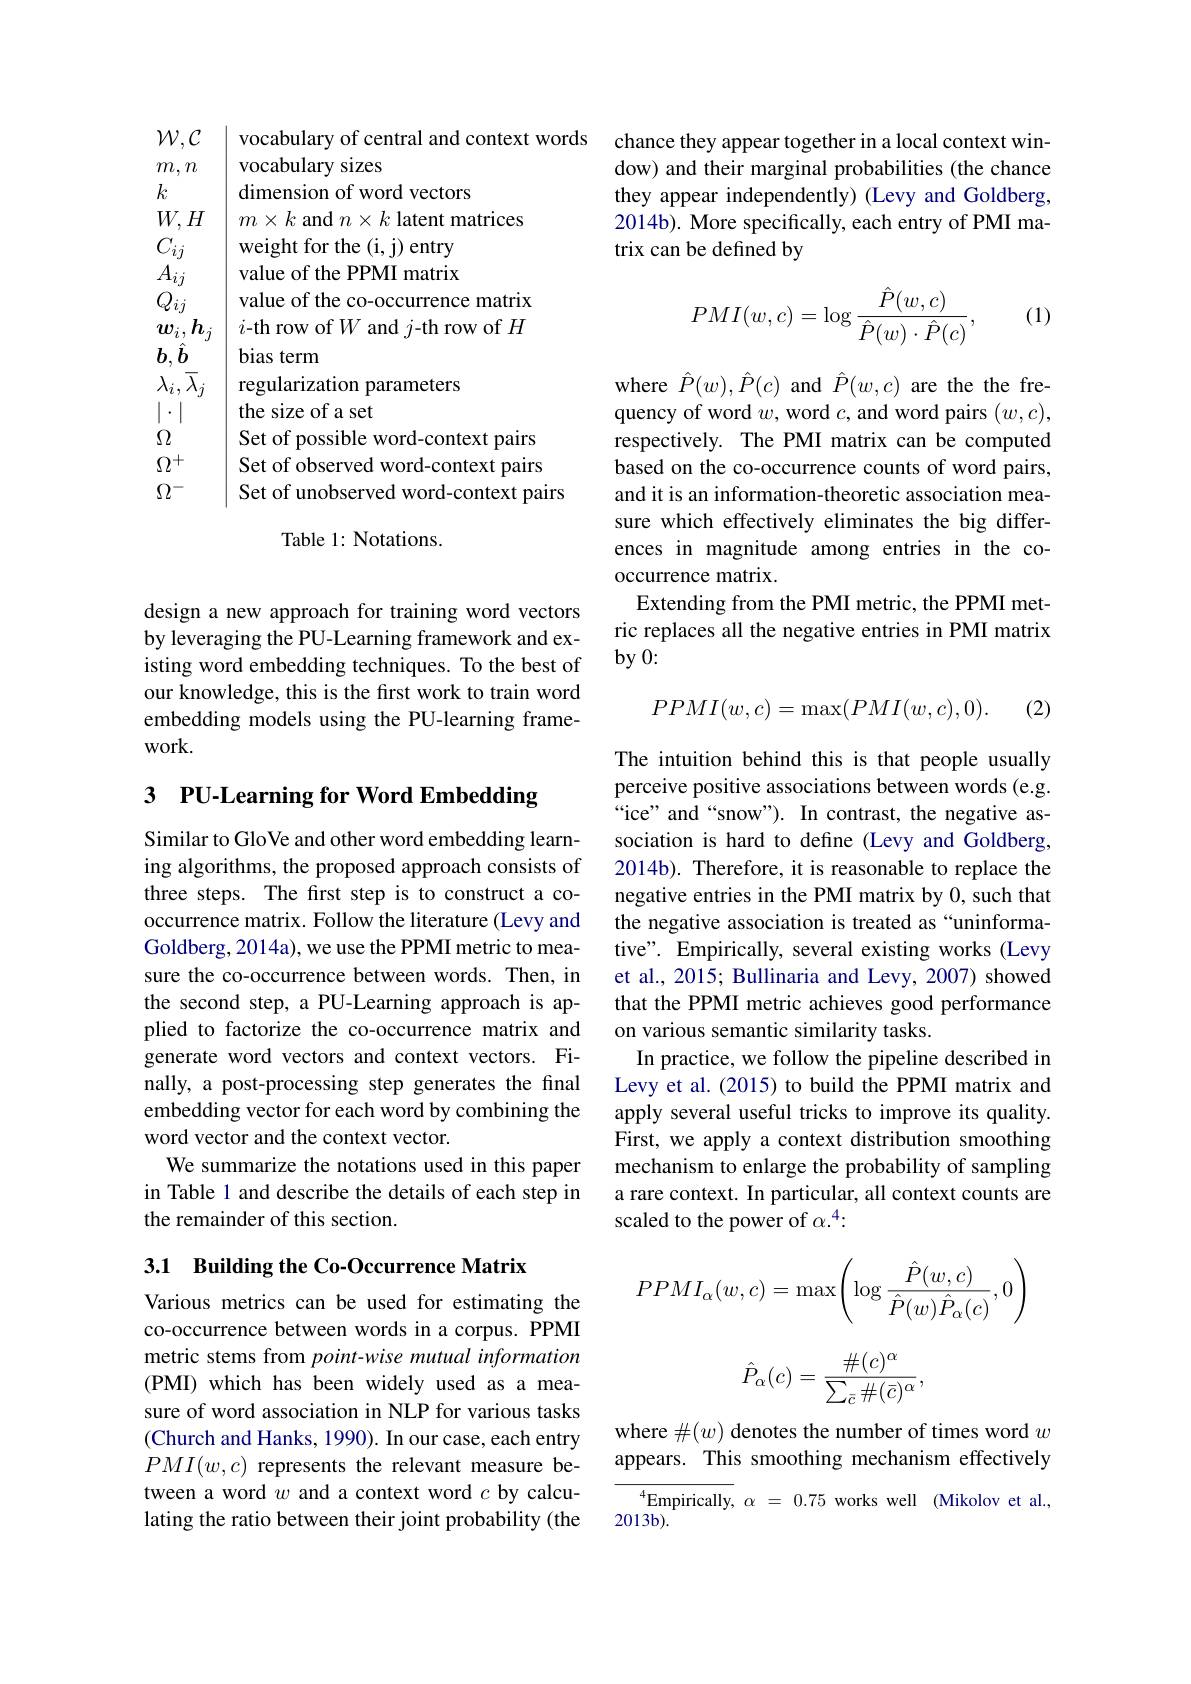
$\mathcal{W},\mathcal{C}$
vocabulary sizes
$m,n$
$k$
dimension of word vectors
$W, H$ $m\times k$ and $n\times k$ latent matrices
weight for the (i, j) entry
$C_{ij}$ $A_{ij}$
value of the PPMI matrix
value of the co-occurrence matrix
$Q_{ij}$
$\boldsymbol{w}_{i}, \boldsymbol{h}_{j}$ $i$-th row of $W$ and $j$-th row of $H$
$b,\hat{b}_-$
bias term
$\lambda _i, \overline {\lambda }_j$ regularization parameters
the size of a set
$|\cdot|$
Set of possible word-context pairs
$\Omega$ $\Omega^+$
Set of observed word-context pairs
$\Omega^{-}$
Set of unobserved word-context pairs
Table 1: Notations.

design a new approach for training word vectors by leveraging the PU-Learning framework and existing word embedding techniques. To the best of our knowledge, this is the first work to train word embedding models using the PU-learning framework.

## 3 $\textbf{PU- Learning for Word Embedding}$

Similar to GloVe and other word embedding learning algorithms, the proposed approach consists of three steps. The first step is to construct a cooccurrence matrix. Follow the literature (Levy and Goldberg, 2014a), we use the PPMI metric to measure the co-occurrence between words. Then, in the second step, a PU-Learning approach is applied to factorize the co-occurrence matrix and generate word vectors and context vectors. Finally, a post-processing step generates the final embedding vector for each word by combining the word vector and the context vector.
We summarize the notations used in this paper in Table 1 and describe the details of each step in the remainder of this section.

3.1 Building the Co-Occurrence Matrix

Various metrics can be used for estimating the co-occurrence between words in a corpus. PPMI metric stems from point-wise mutual information (PMI) which has been widely used as a measure of word association in NLP for various tasks (Church and Hanks, 1990). In our case, each entry $PMI(w,c)$ represents the relevant measure between a word $w$ and a context word $c$ by calculating the ratio between their joint probability (the

vocabulary of central and context words chance they appear together in a local context win-
dow) and their marginal probabilities (the chance they appear independently) (Levy and Goldberg, 2014b). More specifically, each entry of PMI matrix can be defined by
$$PMI(w,c)=\log\frac{\hat{P}(w,c)}{\hat{P}(w)\cdot\hat{P}(c)},$$
(1)

where $\hat{P}(w),\hat{P}(c)$ and $\hat{P}(w,c)$ are the the frequency of word $w$, word $c$, and word pairs $(w,c)$, respectively. The PMI matrix can be computed based on the co-occurrence counts of word pairs, and it is an information-theoretic association measure which effectively eliminates the big differences in magnitude among entries in the cooccurrence matrix.
Extending from the PMI metric, the PPMI metric replaces all the negative entries in PMI matrix $by0:$
$$PPMI(w,c)=\max(PMI(w,c),0).$$
(2)

The intuition behind this is that people usually perceive positive associations between words (e.g. “ice” and“snow”). In contrast, the negative association is hard to define (Levy and Goldberg, 2014b). Therefore, it is reasonable to replace the negative entries in the PMI matrix by 0, such that the negative association is treated as “uninformative". Empirically, several existing works (Levy et al., 2015; Bullinaria and Levy, 2007) showed that the PPMI metric achieves good performance on various semantic similarity tasks.
In practice, we follow the pipeline described in Levy et al. (2015) to build the PPMI matrix and apply several useful tricks to improve its quality. First, we apply a context distribution smoothing mechanism to enlarge the probability of sampling a rare context. In particular, all context counts are scaled to the power of $\alpha.^{4}:$
$$PPMI_\alpha(w,c)=\max\left(\log\frac{\hat{P}(w,c)}{\hat{P}(w)\hat{P}_\alpha(c)},0\right)$$
$$\hat{P}_{\alpha}(c)=\frac{\#(c)^\alpha}{\sum_{\bar{c}}\#(\bar{c})^\alpha},$$
where $\#(w)$ denotes the number of times word $w$ appears. This smoothing mechanism effectively

$^4$Empirically,$\alpha=0.75$works well Mikolov et al.
$2013b).$